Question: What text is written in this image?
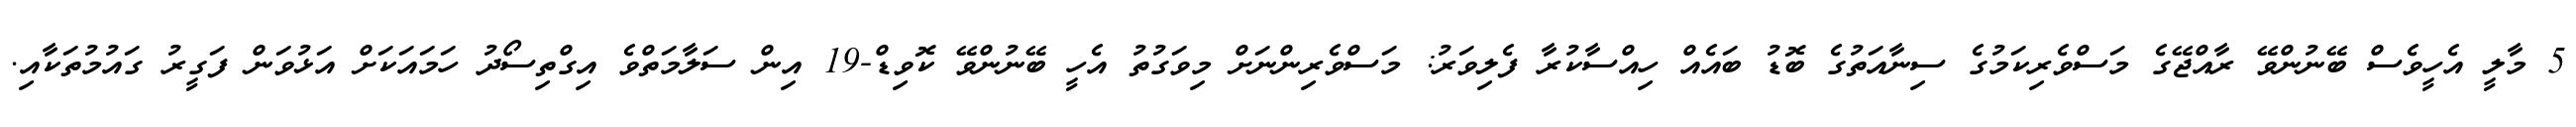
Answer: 5 މާލީ އެހީވެސް ބޭނުންވޭ ރާއްޖޭގެ މަސްވެރިކަމުގެ ސިނާއަތުގެ ބޮޑު ބައެއް ހިއްސާކުރާ ފެލިވަރު: މަސްވެރިންނަށް މިވަގުތު އެހީ ބޭނުންވޭ ކޮވިޑް-19 އިން ސަލާމަތްވެ އިގްތިސޯދު ހަމައަކަށް އަޅުވަން ފަގީރު ގައުމުތަކާއި.